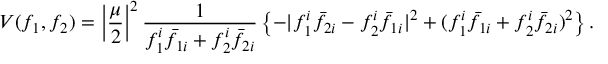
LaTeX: V ( f _ { 1 } , f _ { 2 } ) = \left| \frac { \mu } { 2 } \right| ^ { 2 } \frac { 1 } { f _ { 1 } ^ { i } { \bar { f } } _ { 1 i } + f _ { 2 } ^ { i } { \bar { f } } _ { 2 i } } \left\{ - | f _ { 1 } ^ { i } { \bar { f } } _ { 2 i } - f _ { 2 } ^ { i } { \bar { f } } _ { 1 i } | ^ { 2 } + ( f _ { 1 } ^ { i } { \bar { f } } _ { 1 i } + f _ { 2 } ^ { i } { \bar { f } } _ { 2 i } ) ^ { 2 } \right\} .